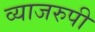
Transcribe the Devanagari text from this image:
व्याजरुपी